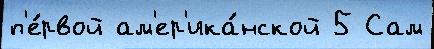
п'е́рвой ам'ер'ика́нской 5 Сам